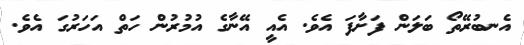
އެނބުރޭތޯ ބަލަން ފަށާފަ އެވެ. އެއީ އޭނާގެ އުމުރުން ހަތް އަހަރުގަ އެވެ.